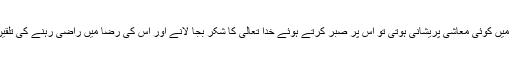
اگر گھر میں کوئی معاشی پریشانی ہوتی تو اس پر صبر کرتے ہوئے خدا تعالیٰ کا شکر بجا لانے اور اس کی رضا میں راضی رہنے کی تلقین کرتے۔